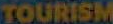
TOURISM